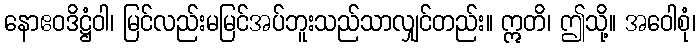
နောဧဝဒိဋ္ဌံဝါ၊ မြင်လည်းမမြင်အပ်ဘူးသည်သာလျှင်တည်း။ ဣတိ၊ ဤသို့။ အဝေါစုံ၊